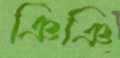
ঞিঞি